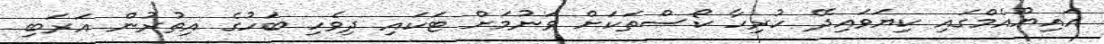
އައިޔޫއެމްގައި ކިޔަވައިދޭ ހުރިހާ ކޯސްތަކަށް ވަނުމަށް ޓަކައި ދިވެހި ބަހުގެ އިތުރުން އަރަބި